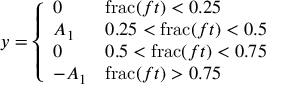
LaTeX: y = { \left\{ \begin{array} { l l } { 0 } & { \operatorname { f r a c } ( f t ) < 0 . 2 5 } \\ { A _ { 1 } } & { 0 . 2 5 < \operatorname { f r a c } ( f t ) < 0 . 5 } \\ { 0 } & { 0 . 5 < \operatorname { f r a c } ( f t ) < 0 . 7 5 } \\ { - A _ { 1 } } & { \operatorname { f r a c } ( f t ) > 0 . 7 5 } \end{array} \right. }